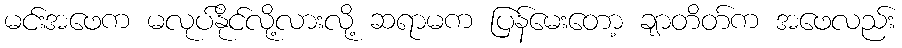
မင်းအဖေက မလုပ်နိုင်လို့လားလို့ ဆရာမက ပြန်မေးတော့ ချာတိတ်က အဖေလည်း